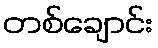
တစ်ချောင်း